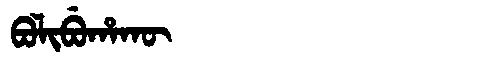
Manchu: ᠪᠣᠯᡳᠪᡠᡥᠠᡴᡡ
Romanization: BOLIBUHAKŪ